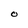
Character: O